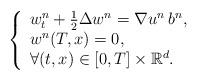
LaTeX: \begin{align*}\left\{\begin{array}{l}w^n_t+\frac12 \Delta w^n={ \nabla u^n\,b^n},\\w^n(T,x)=0, \\{\forall } (t,x)\in[0,T]\times \mathbb R^d.\end{array}\right.\end{align*}